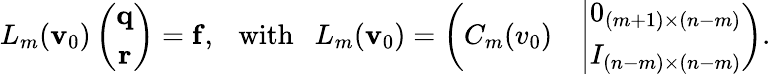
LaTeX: L_{m}(\mathbf{v}_{0})\left(\begin{array}{c}{\mathbf{q}}\\ {\mathbf{r}}\end{array}\right)=\mathbf{{f}},\mathrm{{~\ \ with~\ \ }}L_{m}(\mathbf{v}_{0})=\left(\begin{array}{cc}{C_{m}(v_{0})}&{\left|\begin{array}{c}{0_{(m+1)\times(n-m)}}\\ {I_{(n-m)\times(n-m)}}\end{array}\right.}\end{array}\right).